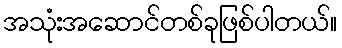
အသုံးအဆောင်တစ်ခုဖြစ်ပါတယ်။